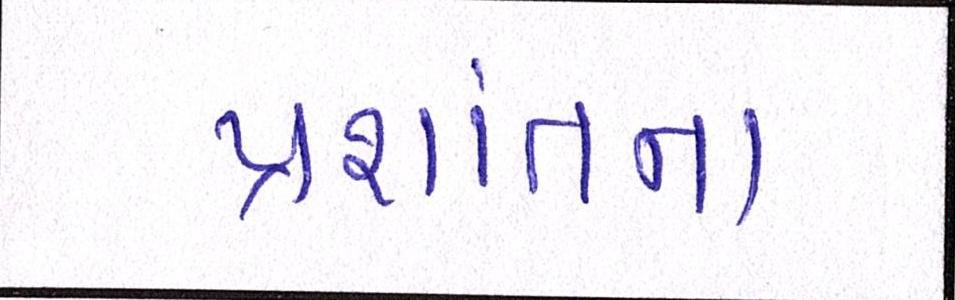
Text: પ્રશાંતના